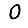
Digit: 0